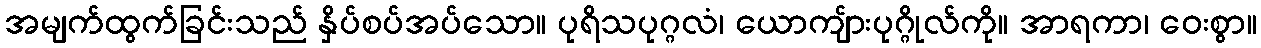
အမျက်ထွက်ခြင်းသည် နှိပ်စပ်အပ်သော။ ပုရိသပုဂ္ဂလံ၊ ယောကျ်ားပုဂ္ဂိုလ်ကို။ အာရကာ၊ ဝေးစွာ။